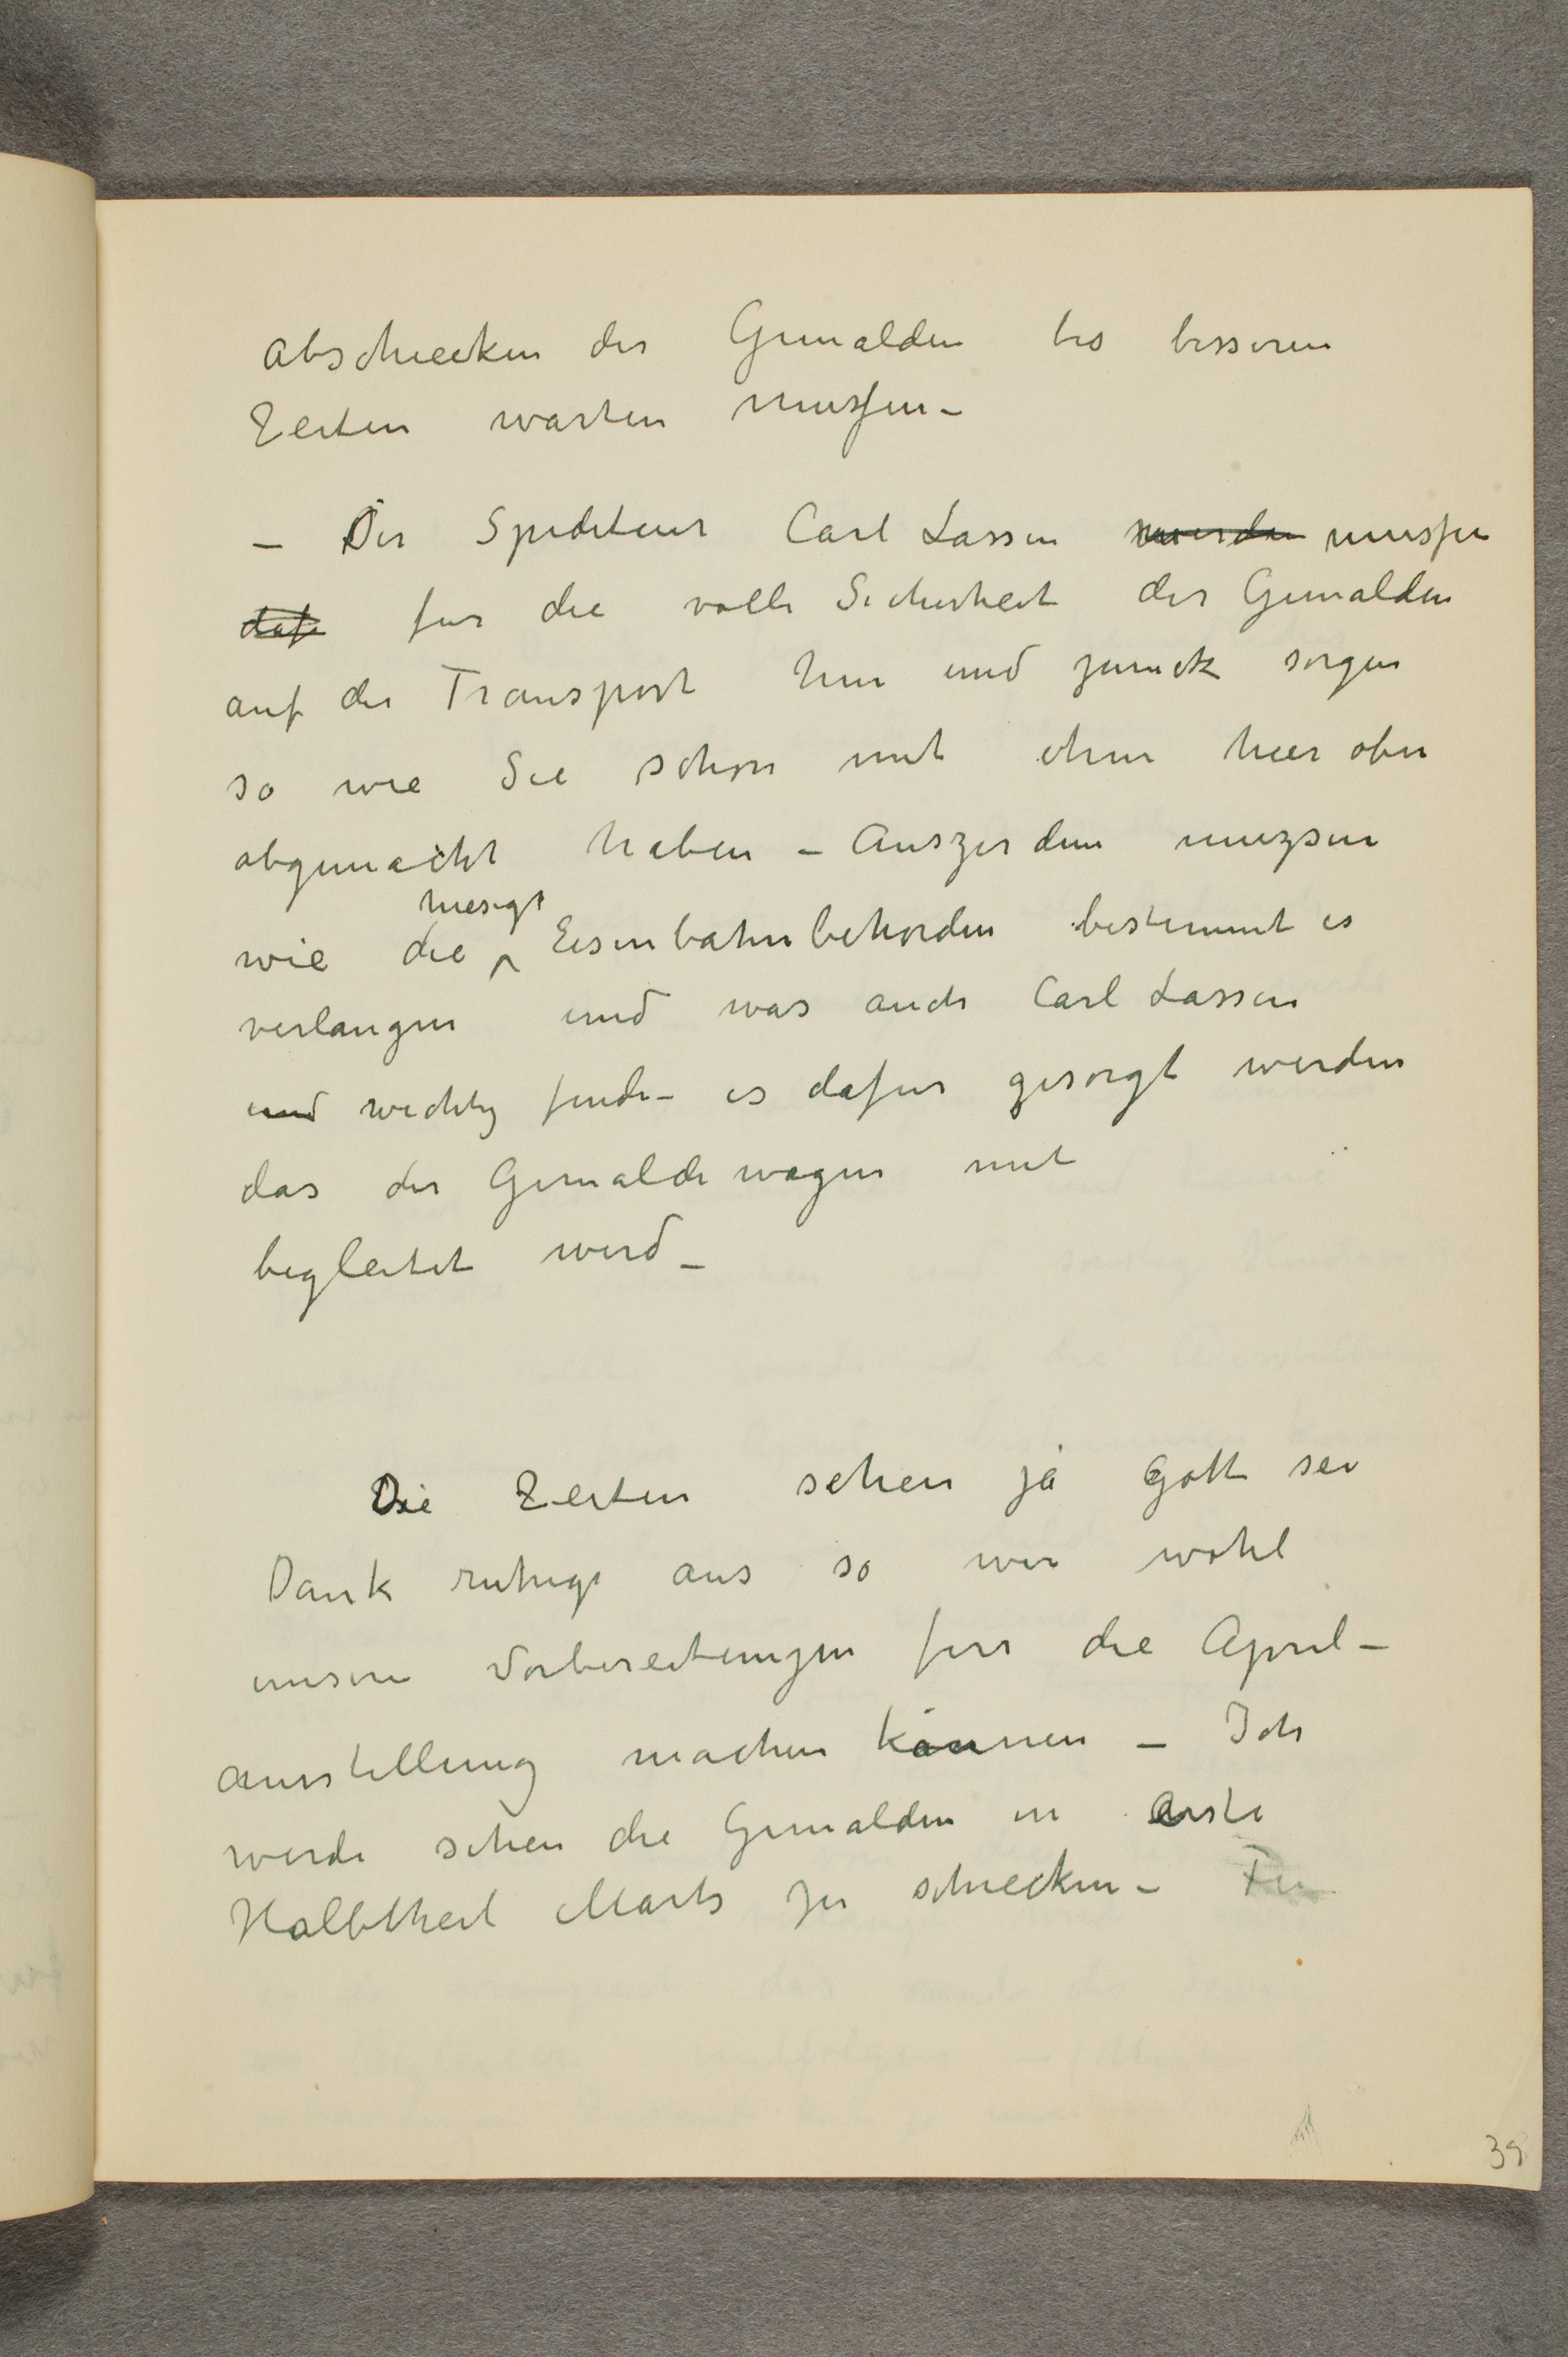
abschiecken der Gemalden bis besseren
Zeiten warten mussen -
- Der Spediteur Carl Lassen werden mussen
daf fur die volle Sicherheit des Gemalden
auf der Transport hin und zuruck sorgen
so wie Sie schon mit ihm hier oben
abgemacht haben - auszerdem muzsen
wie die hiesige Eisenbahnbehorden bestimmt es
verlangen und was auch Carl Lassen
und wichtig finde - es dafur gesorgt werden
das der Gemaldewagen mit
begleitet wird -

Die Zeiten sehen ja Gott sei
Dank ruhige aus so wir wohl
unsere Vorbereitungen fur die April-
ausstellung machen können - Ich
werde sehen die Gemalden in erste
Halbtheil Marts zu schiecken -